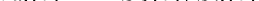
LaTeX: \smash{\widetilde{\lambda}_{3}(t)=-S_{3}^{\prime}(t)/S_{3}(t)}